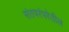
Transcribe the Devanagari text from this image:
संतपरंपरेतील